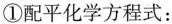
①配平化学方程式：